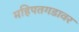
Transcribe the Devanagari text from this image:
महिपतगडावर